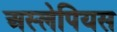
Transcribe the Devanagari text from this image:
अस्लेपियस